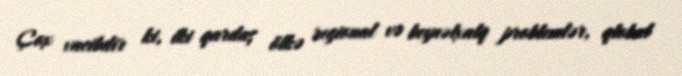
Çox vacibdir ki, iki qardaş ölkə regional və beynəlxalq problemlər, qlobal